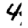
Digit: 4